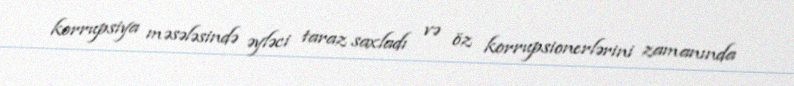
korrupsiya məsələsində əyləci taraz saxladı və öz korrupsionerlərini zamanında